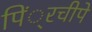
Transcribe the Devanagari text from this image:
पिं्रचीपे